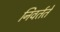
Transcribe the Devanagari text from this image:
निवर्तते